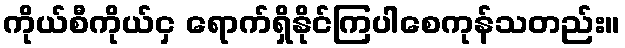
ကိုယ်စီကိုယ်ငှ ရောက်ရှိနိုင်ကြပါစေကုန်သတည်း။